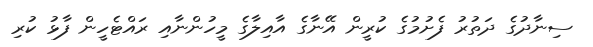
ސިނާދުގެ ދަތުރު ފެށުމުގެ ކުރީން އޭނާގެ އާއިލާގެ މީހުންނާއި ރައްޓެހީން ފާޅު ކުރި